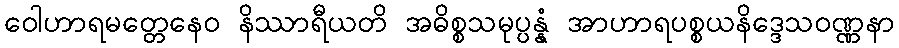
ဝေါဟာရမတ္တေနေဝ နိဿာရီယတိ အဓိစ္စသမုပ္ပန္နံ အာဟာရပစ္စယနိဒ္ဒေသဝဏ္ဏနာ